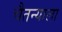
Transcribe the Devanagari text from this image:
चैतन्याला